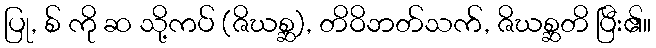
ပြု, စ် ကို ဆ သို့ကပ် (ဇိဃစ္ဆ), တိဝိဘတ်သက်, ဇိဃစ္ဆတိ ပြီး၏။